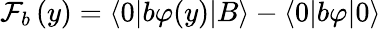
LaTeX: \mathcal{F}_{b}\left(y\right)=\langle 0|b\varphi(y)|B\rangle-\langle 0|b\varphi|0\rangle